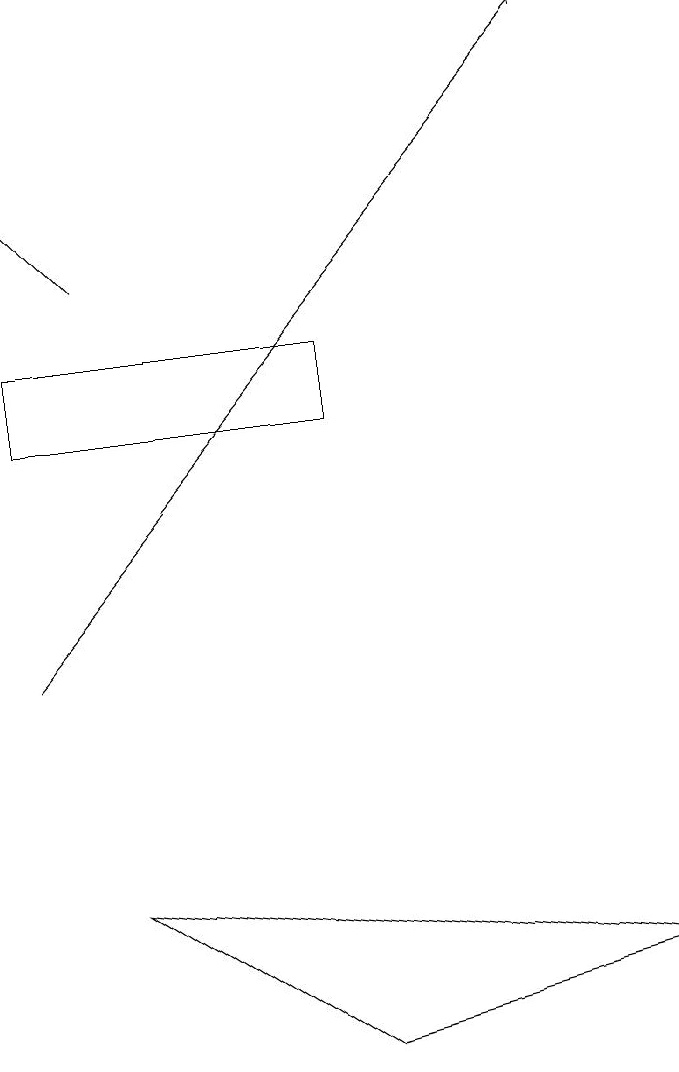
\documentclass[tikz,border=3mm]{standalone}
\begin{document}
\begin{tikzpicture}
\draw[->] (1,11) -- (8,19);
\draw[->] (2,16) -- (1,17);
\draw (1,15) rectangle (5,14);
\draw (2,8) -- (9,7) -- (5,6) -- cycle;
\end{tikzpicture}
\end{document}